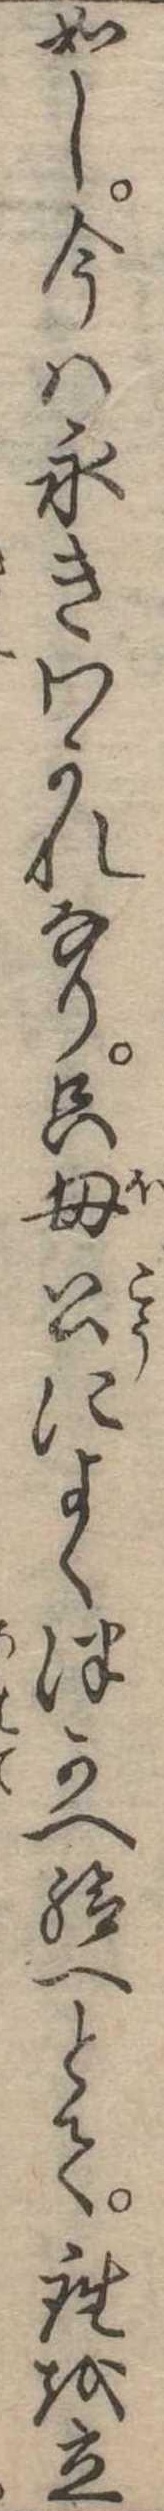
如し今は永きわかれなり只母公によくつかへ給へとて座を立